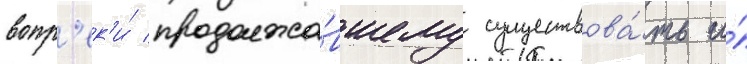
вопр'ек'и́ продолжа́вшему существова́ть и́